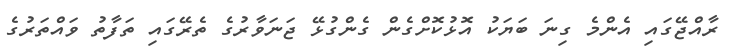
ރާއްޖޭގައި އެންމެ ގިނަ ބަޔަކު އޮޅުކޮށްގެން ގެންގުޅޭ ޖަނަވާރުގެ ތެރޭގައި ތަފާތު ވައްތަރުގެ